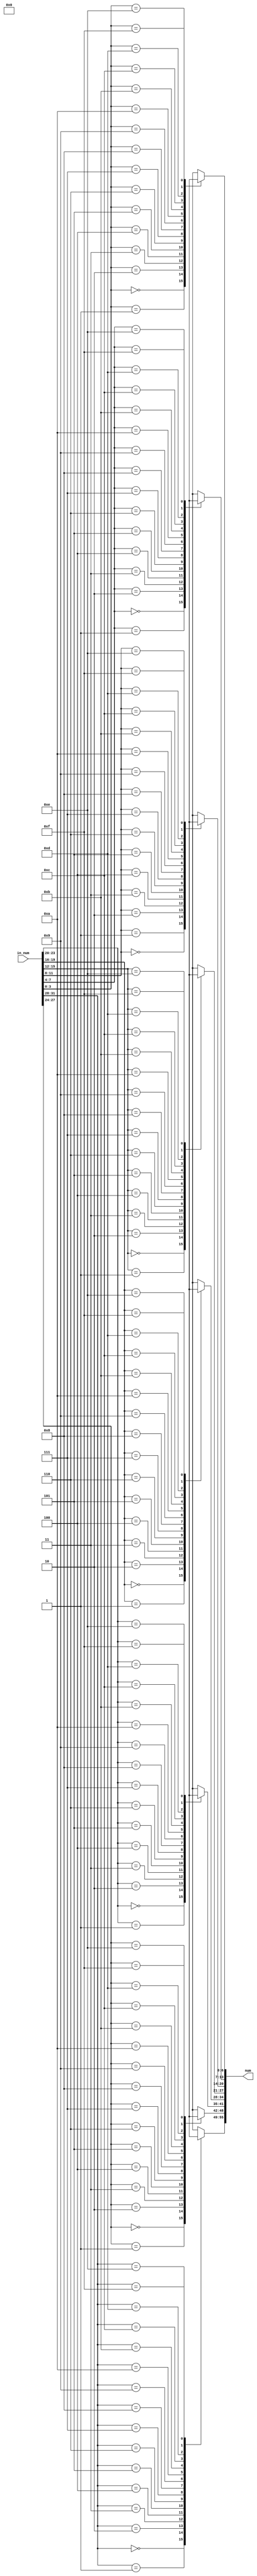
module num_gen(in_num, num);
    input [31:0] in_num;
    output [55:0] num;

    assign num = {
        dt_translate(in_num[31:28]),
        dt_translate(in_num[27:24]),
        dt_translate(in_num[23:20]),
        dt_translate(in_num[19:16]),
        dt_translate(in_num[15:12]),
        dt_translate(in_num[11:8]),
        dt_translate(in_num[7:4]),
        dt_translate(in_num[3:0])
    };

    function [6:0] dt_translate;
        input [3:0] data;
        begin
            case(data)
                4'd0 : dt_translate = Data_0;
                4'd1 : dt_translate = Data_1;
                4'd2 : dt_translate = Data_2;
                4'd3 : dt_translate = Data_3;
                4'd4 : dt_translate = Data_4;
                4'd5 : dt_translate = Data_5;
                4'd6 : dt_translate = Data_6;
                4'd7 : dt_translate = Data_7;
                4'd8 : dt_translate = Data_8;
                4'd9 : dt_translate = Data_9;
                4'd10: dt_translate = Data_a;
                4'd11: dt_translate = Data_b;
                4'd12: dt_translate = Data_c;
                4'd13: dt_translate = Data_d;
                4'd14: dt_translate = Data_e;
                4'd15: dt_translate = Data_f;
            endcase
        end
    endfunction
endmodule